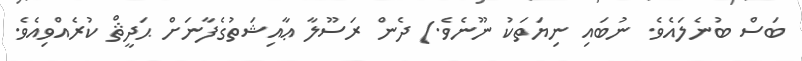
ބަސް ބުނެލައެވެ. ނުބައި ނިޔަތަކު ނޫނެވެ.) ދެން ރަސޫލާ ޢާއިޝަތުގެފާނަށް ޙަދީޘް ކުރެއްވިއެވެ.